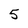
Character: 5